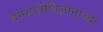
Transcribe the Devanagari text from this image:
वनस्पतीविज्ञानाच्या